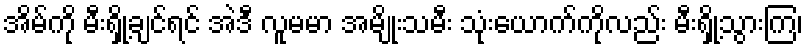
အိမ်ကို မီးရှို့ချင်ရင် အဲဒီ လူမမာ အမျိုးသမီး သုံးယောက်ကိုလည်း မီးရှို့သွားကြ၊